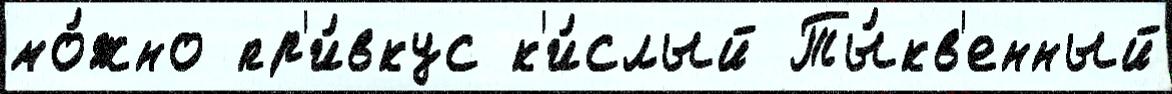
мо́жно пр'и́вкус к'и́слый Ты́кв'енный